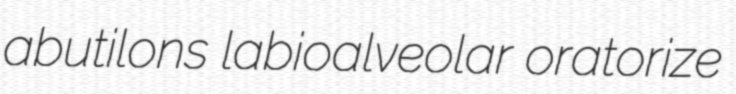
abutilons labioalveolar oratorize